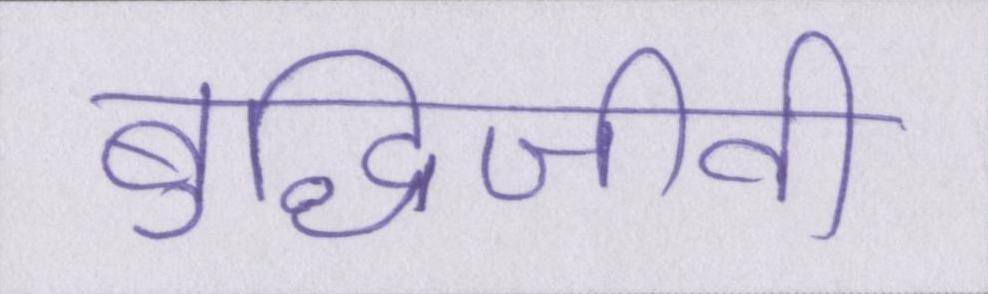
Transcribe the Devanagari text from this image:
बुद्धिजीवी